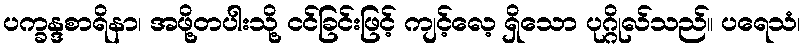
ပက္ခန္ဒစာရိနာ၊ အဖို့တပါးသို့ ငင်ခြင်းဖြင့် ကျင့်လေ့ ရှိသော ပုဂ္ဂိုလ်သည်။ ပရေသံ၊